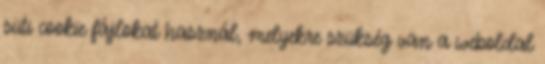
süti cookie fájlokat használ, melyekre szükség van a weboldal